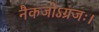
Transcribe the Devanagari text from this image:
नैकजोऽग्रजः।